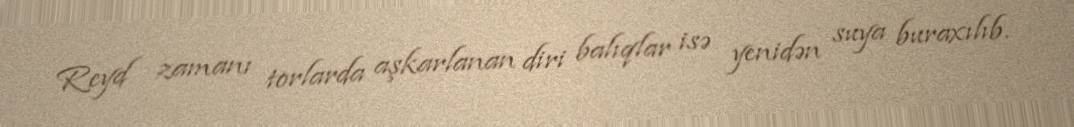
Reyd zamanı torlarda aşkarlanan diri balıqlar isə yenidən suya buraxılıb.